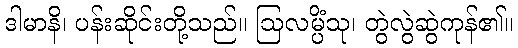
ဒါမာနိ၊ ပန်းဆိုင်းတို့သည်။ ဩလမ္ပိံသု၊ တွဲလွဲဆွဲကုန်၏။